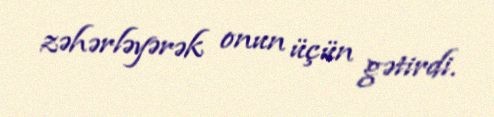
zəhərləyərək onun üçün gətirdi.